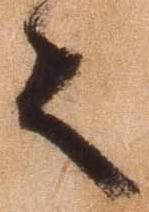
々